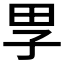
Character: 𡥔